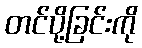
တင်ပို့ခြင်းကို